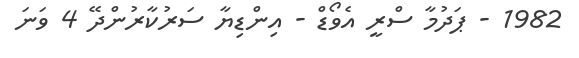
1982 - ޕަދުމާ ސްރީ އެވޯޑް - އިންޑިޔާ ސަރުކާރުންދޭ 4 ވަނަ